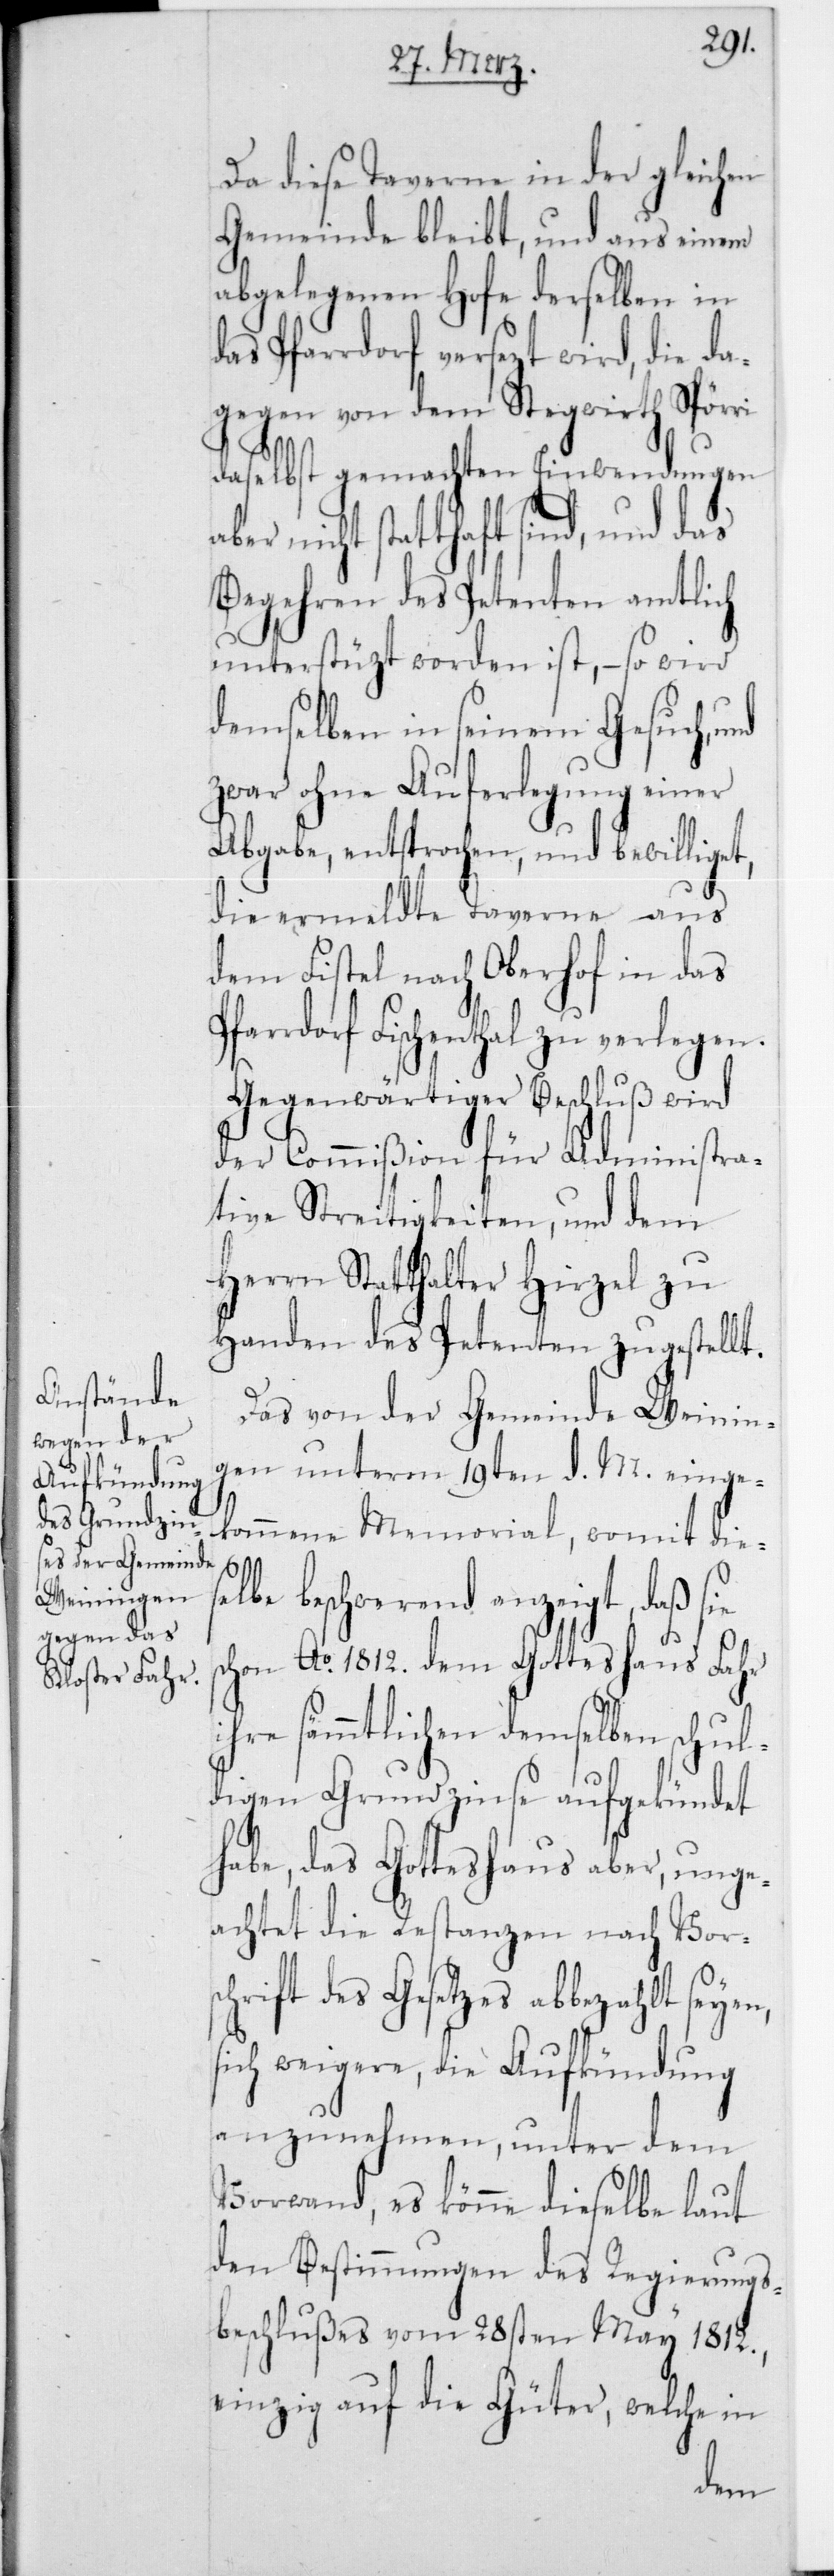
Da diese Taverne in der gleichen
Gemeinde bleibt, und aus einem
abgelegenen Hofe derselben in
das Pfarrdorf versezt wird, die da¬
gegen von dem Stegwirth Spörri
daselbst gemachten Einwendungen
ber nicht statthaft sind, und das
Begehren des Petenten amtlich
unterstüzt worden ist, – so wird
demselben in seinem Gesuch, und
zwar ohne Auferlegung einer
Abgabe, entsprochen und bewilliget,
die ermeldte Taverne aus
dem Fistel nach Oberhof in das
Fischenthal zu verlegen.
Gegenwärtiger Beschluß wird
der Commißion für Administra¬
tive Streitigkeiten, und dem
Herrn Statthalter Hirzel zu
Handen des Petenten zugestellt.
Das von der Gemeinde Weinin¬
gen unterm 19ten d. M. einge¬
kommene Memorial, womit dies¬
elbe beschwerend anzeigt, daß sie
schon Ao 1812 dem Gotteshaus Fahr
ihre sämmtlichen demselben schul¬
digen Grundzinse aufgekündet
habe, das Gotteshaus aber, unge¬
achtet die Restanzen nach Vors¬
chrift des Gesetzes abbezahlt se¬
sich weigere, die Aufkündung
anzunehmen, unter dem
Vorwand, es könne dieselbe laut
den Bestimmungen des Regierungs¬
beschlußes vom 28sten May 1812,
einzig auf die Güter, welche in
yen,